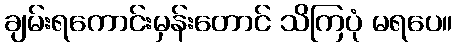
ချမ်းရကောင်းမှန်းတောင် သိကြပုံ မရပေ။